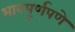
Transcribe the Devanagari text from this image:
भावपूर्णपणे